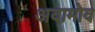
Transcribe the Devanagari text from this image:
अदामोव